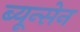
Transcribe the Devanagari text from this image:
ब्यून्सेन